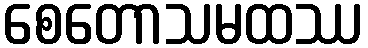
စေတောသမထဿ